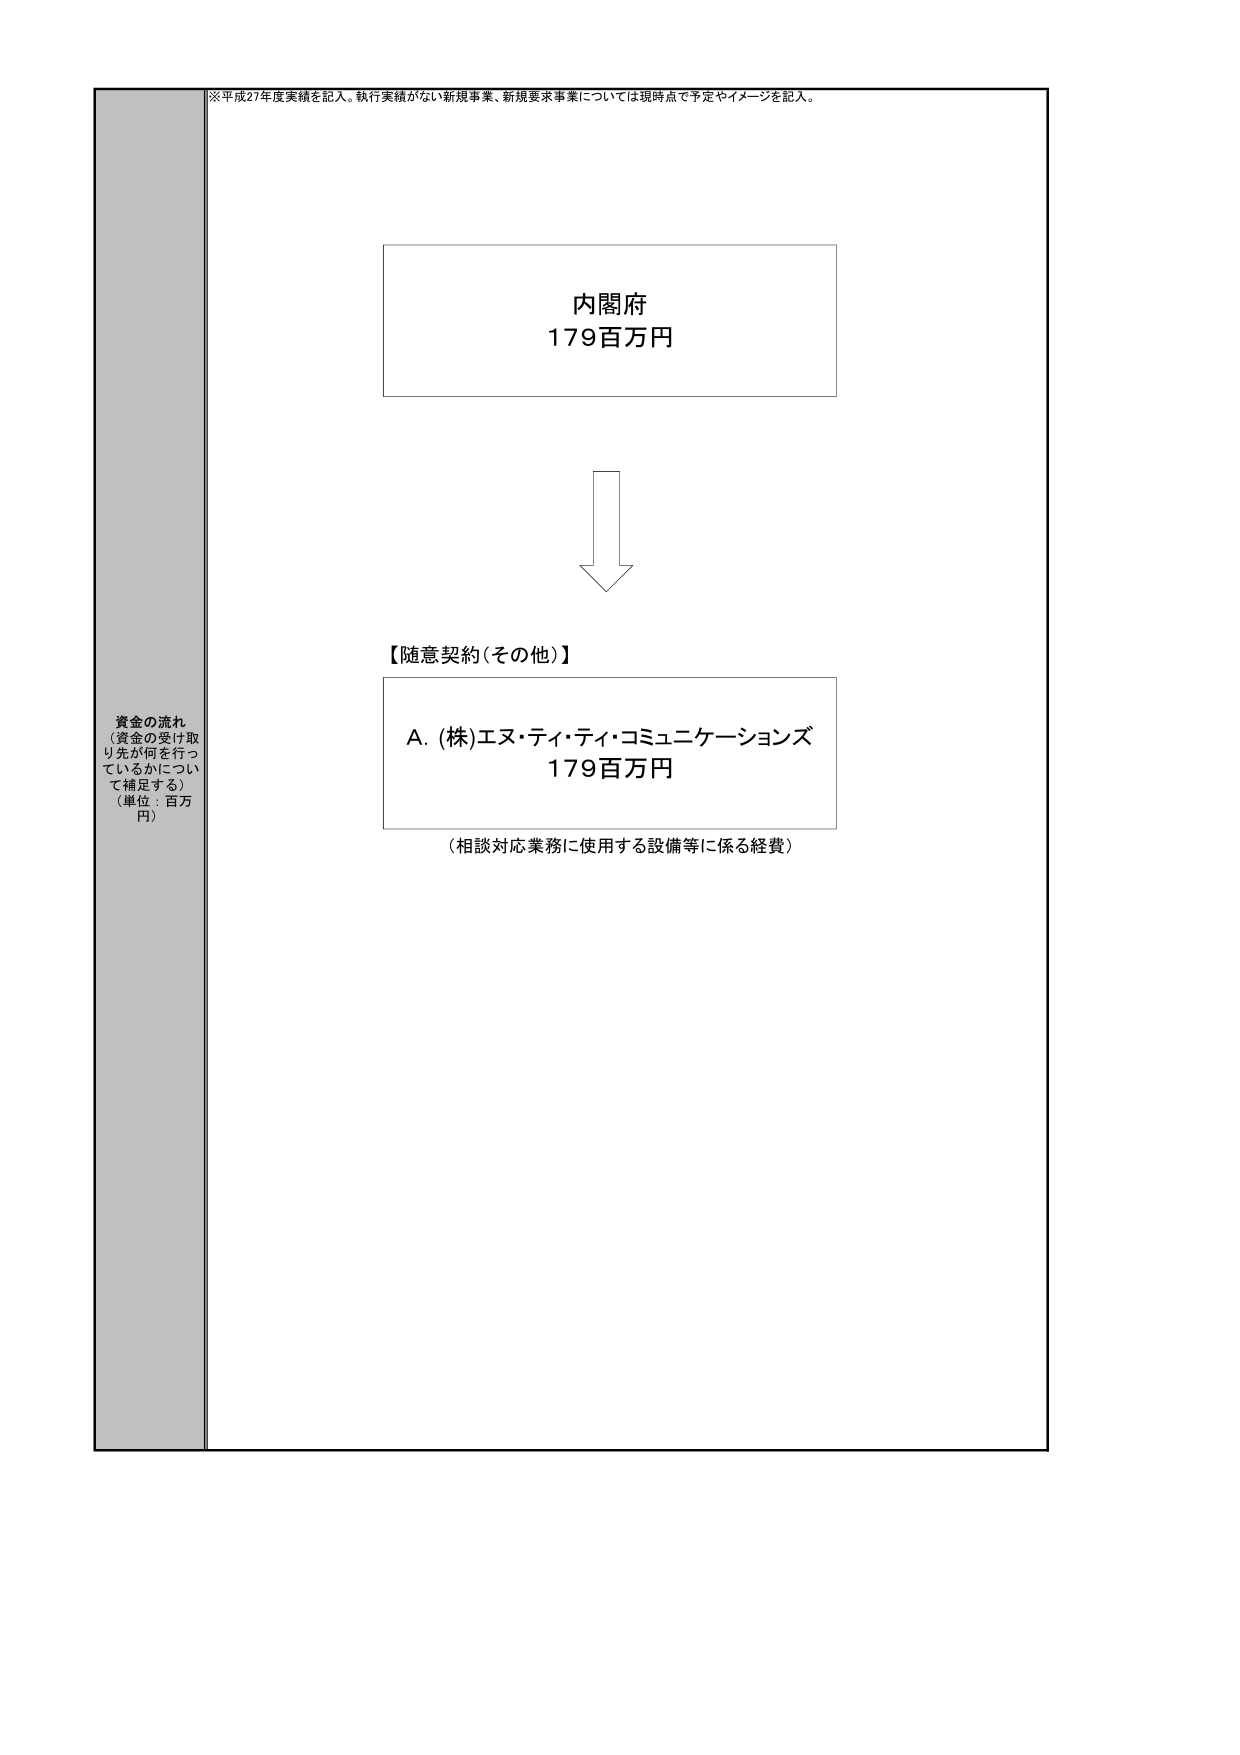
※平成27年度実績を記入。執行実績がない新規事業、新規要求事業については現時点で予定やイメージを記入。

資金の流れ
（資金の受け取り先が何を行っているかについて補足する）
（単位：百万円）

内閣府
179百万円

【随意契約（その他）】

A. (株)エヌ・ティ・ティ・コミュニケーションズ
179百万円
（相談対応業務に使用する設備等に係る経費）